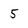
Character: 5